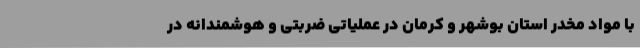
با مواد مخدر استان بوشهر و کرمان در عملیاتی ضربتی و هوشمندانه در